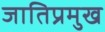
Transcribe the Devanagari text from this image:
जातिप्रमुख